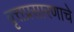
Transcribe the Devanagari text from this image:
वृत्तप्रसारणाचे